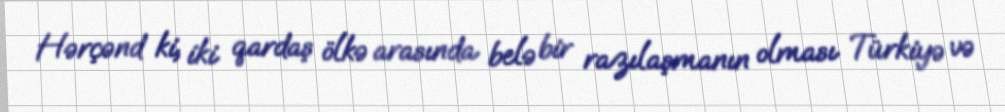
Hərçənd ki, iki qardaş ölkə arasında belə bir razılaşmanın olması Türkiyə və